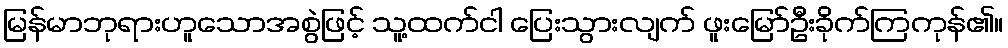
မြန်မာဘုရားဟူသောအစွဲဖြင့် သူ့ထက်ငါ ပြေးသွားလျက် ဖူးမြော်ဦးခိုက်ကြကုန်၏။